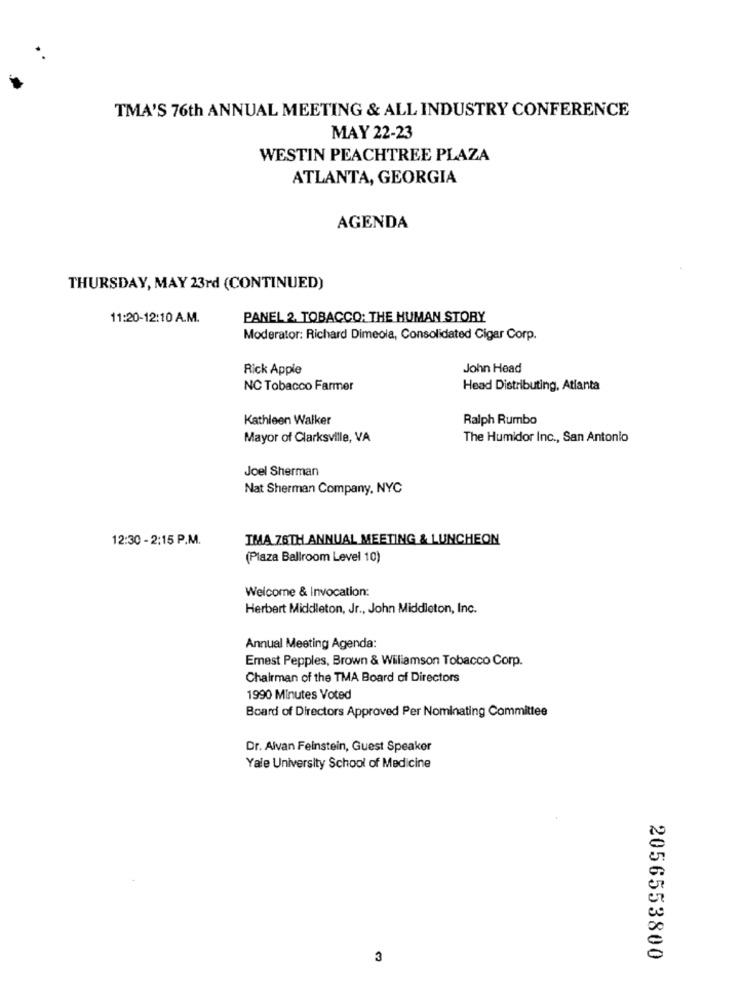
TMA'S 76th ANNUAL MEETING & ALL INDUSTRY CONFERENCE
MAY 22-23
WESTIN PEACHTREE PLAZA
ATLANTA, GEORGIA
AGENDA
THURSDAY, MAY 23rd (CONTINUED)
11:20-12:10 A.M.
PANEL 2. TOBACCO: THE HUMAN STORY
Moderator: Richard Dimeola, Consolidated Cigar Corp.
Rick Apple
John Head
NC Tobacco Farmer
Head Distributing, Atlanta
Kathleen Walker
Ralph Rumbo
Mayor of Clarksville, VA
The Humidor Inc ., San Antonio
Joel Sherman
Nat Sherman Company, NYC
12:30 - 2:15 P.M.
IMA 76TH ANNUAL MEETING & LUNCHEON
(Plaza Ballroom Level 10)
Welcome & Invocation:
Herbert Middleton, Jr ., John Middleton, Inc.
Annual Meeting Agenda:
Emest Pepples, Brown & Williamson Tobacco Corp.
Chairman of the TMA Board of Directors
1990 Minutes Voted
Board of Directors Approved Per Nominating Committee
Dr. Alvan Feinstein, Guest Speaker
Yale University School of Medicine
3
2056553800